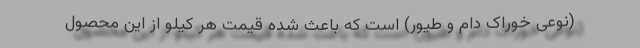
(نوعی خوراک دام و طیور) است که باعث شده قیمت هر کیلو از این محصول